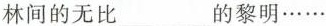
林间的无比___的黎明……